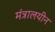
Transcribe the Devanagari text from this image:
मंत्रालयीन